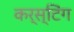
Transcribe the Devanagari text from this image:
कर्स्टिंग